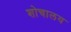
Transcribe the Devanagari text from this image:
शोचालय